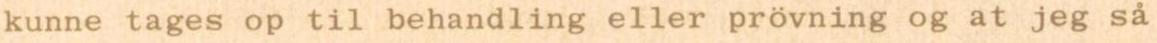
kunne tages op til behandling eller prövning og at jeg så